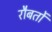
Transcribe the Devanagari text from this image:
रौबर्तो